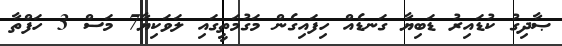
ޞާދިގު ކުޑައިރު ޑަބިޔާ ގަނޑެއް ހިފައިގެން މަގުމަތީގައި ލަވަކިޔާ7 މަސް 3 ހަފްތާ